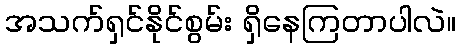
အသက်ရှင်နိုင်စွမ်း ရှိနေကြတာပါလဲ။